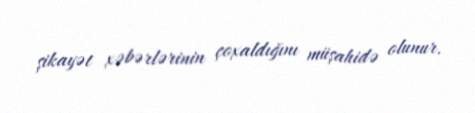
şikayət xəbərlərinin çoxaldığını müşahidə olunur.